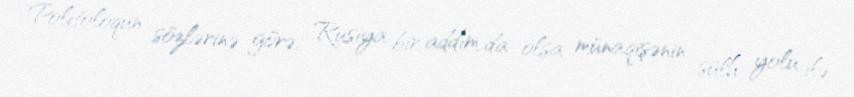
Politoloqun sözlərinə görə, Rusiya bir addım da olsa münaqişənin sülh yolu ilə